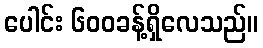
ပေါင်း ၆၀၀ခန့်ရှိလေသည်။